Vaccination in Burma 1920-1933 - 1920-1933
Year: 1920
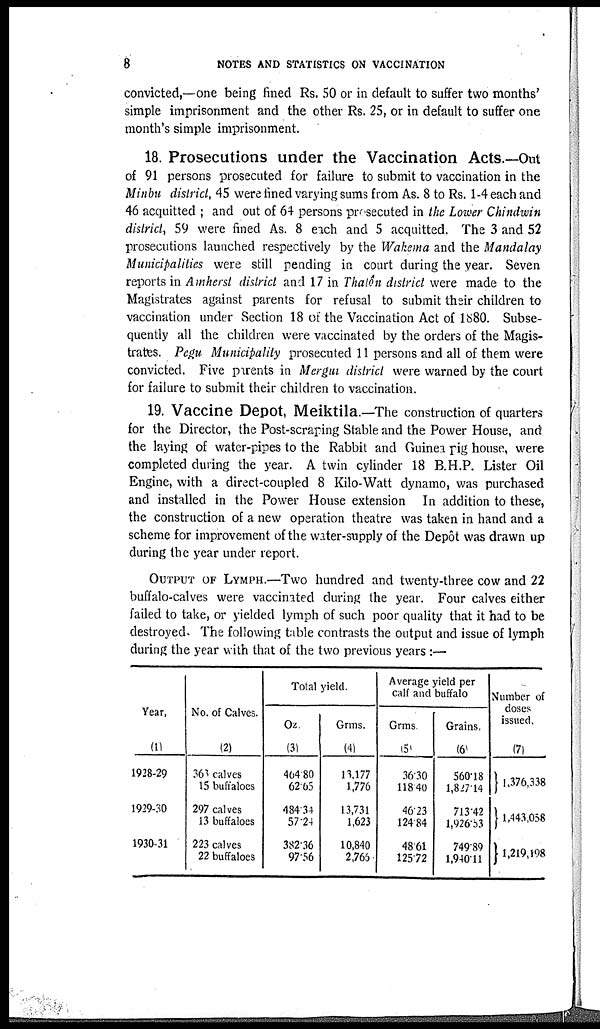
8
NOTES AND STATISTICS ON VACCINATION
convicted,—one being fined Rs. 50 or in default to suffer two months'
simple imprisonment and the other Rs. 25, or in default to suffer one
month's simple imprisonment.
18. Prosecutions under the Vaccination Acts.—Out
of 91 persons prosecuted for failure to submit to vaccination in the
Minbu district, 45 were fined varying sums from As. 8 to Rs. 1-4 each and
46 acquitted ; and out of 64 persons prosecuted in the Lower Chindwin
district, 59 were fined As. 8 each and 5 acquitted. The 3 and 52
prosecutions launched respectively by the Wakema and the Mandalay
Municipalities were still pending in court during the year. Seven
reports in Amherst district and 17 in Thalôn district were made to the
Magistrates against parents for refusal to submit their children to
vaccination under Section 18 of the Vaccination Act of 1880. Subse-
quently all the children were vaccinated by the orders of the Magis-
trates. Pegu Municipality prosecuted 11 persons and all of them were
convicted. Five parents in Mergui district were warned by the court
for failure to submit their children to vaccination.
19. Vaccine Depot, Meiktila.—The construction of quarters
for the Director, the Post-scraping Stable and the Power House, and
the laying of water-pipes to the Rabbit and Guinea pig house, were
completed during the year. A twin cylinder 18 B.H.P. Lister Oil
Engine, with a direct-coupled 8 Kilo-Watt dynamo, was purchased
and installed in the Power House extension In addition to these,
the construction of a new operation theatre was taken in hand and a
scheme for improvement of the water-supply of the Depôt was drawn up
during the year under report.
OUTPUT OF LYMPH.—Two hundred and twenty-three cow and 22
buffalo-calves were vaccinated during the year. Four calves either
failed to take, or yielded lymph of such poor quality that it had to be
destroyed. The following table contrasts the output and issue of lymph
during the year with that of the two previous years :—
Year.
(1)
1928-29
1929-30
1930-31
No. of Calves.
(2)
363 calves
15 buffaloes
297 calves
13 buffaloes
223 calves
22 buffaloes
Total yield.
Oz.
(3)
464 80
62.65
484.34
57.24
382.36
97.56
Grms.
(4)
13,177
1,776
13,731
1,623
10,840
2,765
Average yield per
calf and buffalo
Grms
(5)
36.30
118.40
46.23
124.84
48.61
125.72
Grains.
(6)
560.18
1,817.14
713.42
l,926.53
749.89
1,940.11
Number of
doses
issued.
(7)
1,376,338
1,443,058
1,219,198